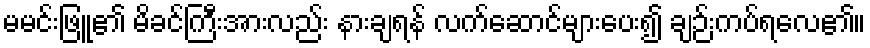
မမင်းဖြူ၏ မိခင်ကြီးအားလည်း နားချရန် လက်ဆောင်များပေး၍ ချဉ်းကပ်ရလေ၏။